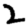
Digit: 2